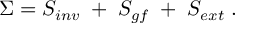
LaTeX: \Sigma = S _ { i n v } \; + \; S _ { g f } \; + \; S _ { e x t } \; .